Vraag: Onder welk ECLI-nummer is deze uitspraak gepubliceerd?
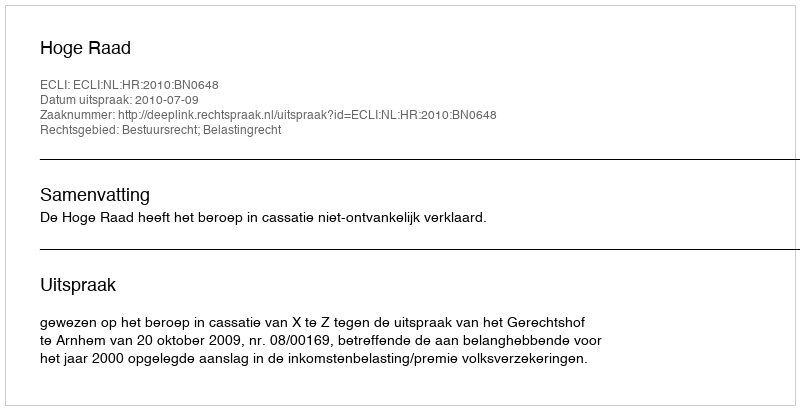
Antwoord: ECLI:NL:HR:2010:BN0648